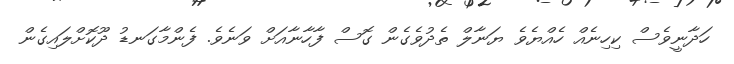
ހަދާނީވެސް ކިހިނެއް ހެއްޔެވެ ޔަނާލް ތެދުވެގެން ގޮސް ފާހާނާއަށް ވަނެވެ. ފެންމާގަނޑު ދޫކޮށްލައިގެން